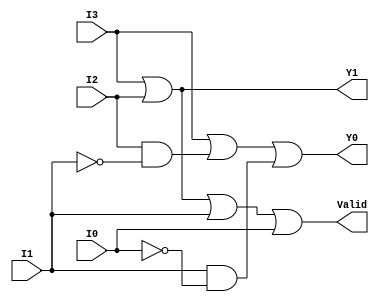
module priority_encoder (
    input wire I3,
    input wire I2,
    input wire I1,
    input wire I0,
    output wire Y1,
    output wire Y0,
    output wire Valid
);

// Priority Encoder Logic
assign Y1 = I3 | I2;
assign Y0 = I3 | (I2 & ~I1) | (I1 & ~I0);
assign Valid = I3 | I2 | I1 | I0;

endmodule